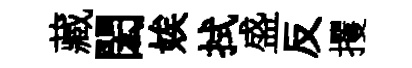
藏閎娭拭盛反攫